Sketch of the medical history of the native army of Bombay, for the year
Year: 1876
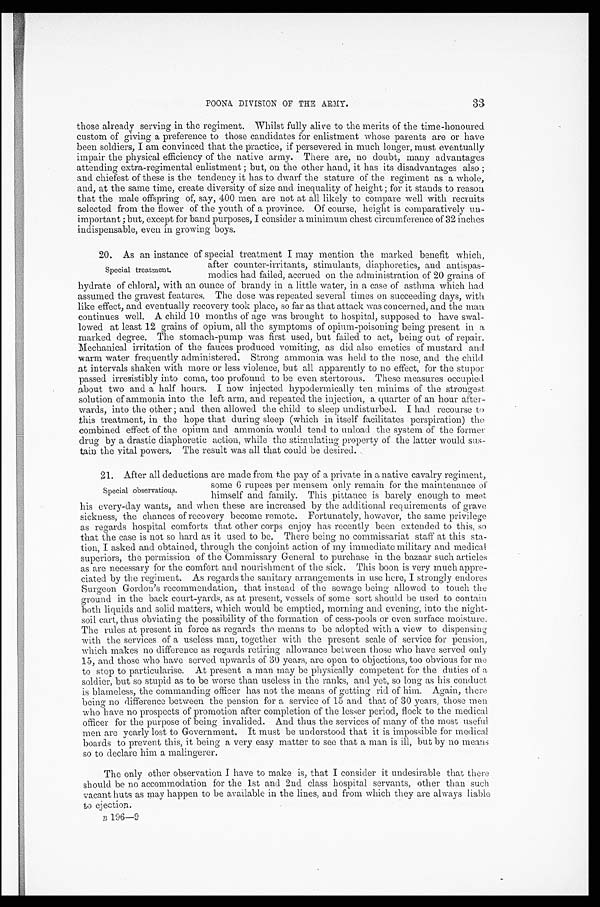
33
POONA DIVISION OF THE ARMY.
those already serving in the regiment. Whilst fully alive to the merits of the time-honoured
custom of giving a preference to those candidates for enlistment whose parents are or have
been soldiers, I am convinced that the practice, if persevered in much longer, must eventually
impair the physical efficiency of the native army. There are, no doubt, many advantages
attending extra-regimental enlistment; but, on the other hand, it has its disadvantages also;
and chiefest of these is the tendency it has to dwarf the stature of the regiment as a whole,
and, at the same time, create diversity of size and inequality of height; for it stands to reason
that the male offspring of, say, 400 men are not at all likely to compare well with recruits
selected from the flower of the youth of a province. Of course, height is comparatively un
-
important; but, except for band purposes, I consider a minimum chest circumference of 32 inches
indispensable, even in growing boys.
2 0 . A s a n i n s t a n c e o f s p e c i a l t r e a t m e n t I m a y m e n t i o n t h e m a r k e d b e n e f i t w h i c h ,
after counter-irritants, stimulants, diaphoretics, and antispas
-
modics had failed, accrued on the administration of 20 grains of
hydrate of chloral, with an ounce of brandy in a little water, in a case of asthma which had
assumed the gravest features. The dose was repeated several times on succeeding days, with
like effect, and eventually recovery took place, so far as that attack was concerned, and the man
continues well. A child 10 months of age was brought to hospital, supposed to have swal
-
lowed at least 12 grains of opium, all the symptoms of opium-poisoning being present in a
marked degree. The stomach-pump was first used, but failed to act, being out of repair.
Mechanical irritation of the fauces produced vomiting, as did also emetics of mustard and
warm water frequently administered. Strong ammonia was held to the nose, and the child
at intervals shaken with more or less violence, but all apparently to no effect, for the stupor
passed irresistibly into coma, too profound to be even stertorous. These measures occupied
about two and a half hours. I now injected hypodermically ten ,minims of the strongest
solution of ammonia into the left arm, and repeated the injection, a quarter of an hour after
-
wards, into the other; and then allowed the child to sleep undisturbed. I had recourse to
this treatment, in the hope that during sleep (which in itself facilitates perspiration) the
combined effect of the opium and ammonia would tend to unload the system of the former
drug by a drastic diaphoretic action, while the stimulating property of the latter would sus
-
tain the vital powers, The result was all that could be desired.
21. After all deductions are made from the pay of a private in a native cavalry regiment,
some 6 rupees per mensem only remain for the maintenance of
himself and family. This pittance is barely enough to meet
his every-day wants, and when these are increased by the additional reel uirements of grave
sickness, the chances of recovery become remote. Fortunately, however, the same privilege
as regards hospital comforts that other corps enjoy has recently been extended to this, so
that the case is not so hard as it used to be. There being no commissariat staff at this sta
-
tion, I asked and obtained, through the conjoint action of my immediate military and medical
superiors, the permission of the Commissary General to purchase in the bazaar such articles
as are necessary for the comfort and nourishment of the sick. This boon is very much appre
-
ciated by the regiment. As regards the sanitary arrangements in use here, I strongly endores
Surgeon Gordon's recommendation, that instead of the sewage being allowed to touch t
h e
ground in the back court-yards, as at present, vessels of some sort should be used to contain
both liquids and solid matters, which would be emptied, morning and evening, into the night
-
soil cart, thus obviating the possibility of the formation of cess-pools or even surface moisture.
The rules at present in force as regards the means to be adopted with a view to dispensing
with the services of a useless man, together with the present scale of service for pension,
which makes no difference as regards retiring allowance between those who have served only
15, and those who have served upwards of 30 years, are open to objections, too obvious for me
to stop to particularise. At present a man may be physically competent for the duties of a
soldier, but so stupid as to be worse than useless in the ranks, and yet, so long as his conduct
is blameless, the commanding officer has not the means of getting rid of him. Again, there
being no difference between the pension for a service of 15 and that of 30 years, those men
who have no prospects of promotion after completion of the lesser period, flock to the medical
officer for the purpose of being invalided. And thus the services of many of the most useful
men are yearly lost to Government. It must be understood that it is impossible for medical
boards to prevent this, it being a very easy matter to see that a man is ill, but by no means
so to declare him a malingerer.
The only other observation I have to make is, that I consider it undesirable that there
should be no accommodation for the 1st and 2nd class hospital servants, other than such
vacant huts as may happen to be available in the lines, and from which they are always liable
to ejection.
B
1 9 6 — 9
Special treatment.
Special observatious.